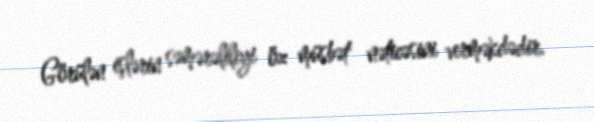
Görülən işlərin səmərəliliyi öz müsbət nəticəsini verməkdədir.